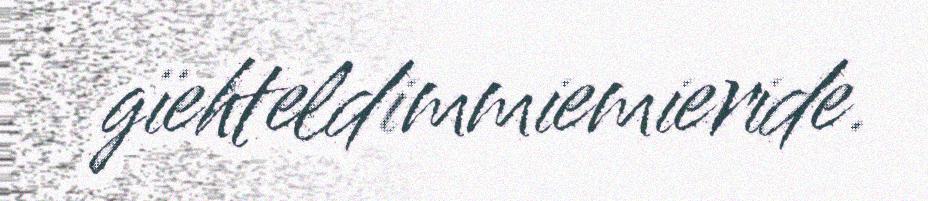
gïehteldimmiemieride.